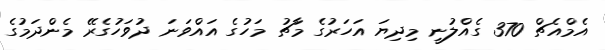
އެމްއެޗް 370 ގެއްލުނީ މިދިޔަ އަހަރުގެ މާޗު މަހުގެ އައްވަނަ ދުވަހުގެރޭ މެންދަމުގެ